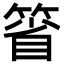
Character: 箵